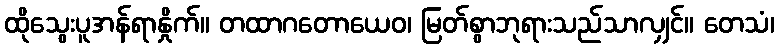
ထိုသွေးပူအန်ရာနှိုက်။ တထာဂတောယေဝ၊ မြတ်စွာဘုရားသည်သာလျှင်။ တေသံ၊